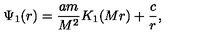
\Psi _ { 1 } ( r ) = \frac { a m } { M ^ { 2 } } K _ { 1 } ( M r ) + \frac { c } { r } ,